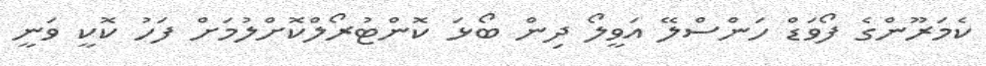
ކެމަރޫންގެ ފޯވަޑް ހަންސްލޭ އަވީލޯ ދިން ބޯޅަ ކޮންޓުރޯލްކޮށްލުމަށް ފަހު ކޮކީ ވަނީ